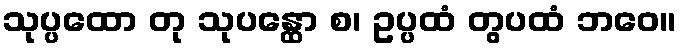
သုပ္ပထော တု သုပန္ထော စ၊ ဥပ္ပထံ တွပထံ ဘဝေ။